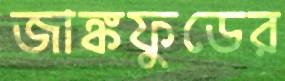
জাঙ্কফুডের